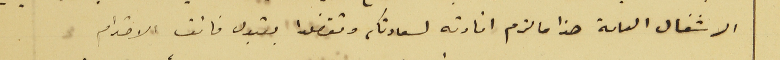
الاشغال العامة هذا ما لزم افادته لسعادتكم وتفضلوا بقبول فائف الاحترام .